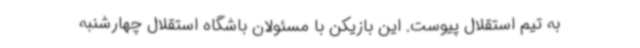
به تیم استقلال پیوست. این بازیکن با مسئولان باشگاه استقلال چهارشنبه